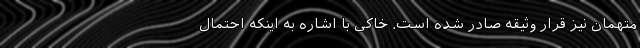
متهمان نیز قرار وثیقه صادر شده است. خاکی با اشاره به اینکه احتمال